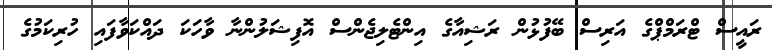
ރައީސް ޓްރަމްޕްގެ އަރިސް ބޭފުޅުން ރަޝިއާގެ އިންޓެލިޖެންސް އޮފިޝަލުންނާ ވާހަކަ ދައްކަވާފައި ހުރިކަމުގެ